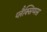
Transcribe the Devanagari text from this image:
प्लैक्सिप्पस